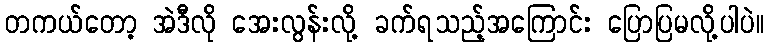
တကယ်တော့ အဲဒီလို အေးလွန်းလို့ ခက်ရသည့်အကြောင်း ပြောပြမလို့ပါပဲ။